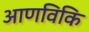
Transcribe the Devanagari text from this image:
आणविकि